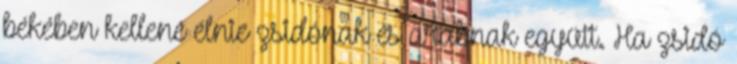
békében kellene élnie zsidónak és arabnak együtt. Ha zsidó